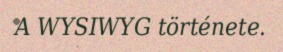
A WYSIWYG története.